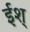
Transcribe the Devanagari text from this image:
ईश्